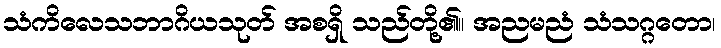
သံကိလေသဘာဂိယသုတ် အစရှိ သည်တို့၏။ အညမညံ သံသဂ္ဂတော၊